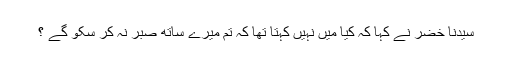
سیدنا خضرؑ نے کہا کہ کیا میں نہیں کہتا تھا کہ تم میرے ساتھ صبر نہ کر سکو گے ؟